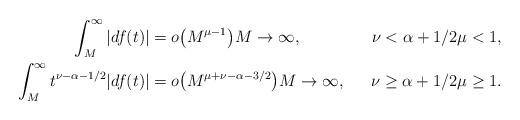
LaTeX: \begin{align*}\int_M^\infty |df(t)| &= o\big( M^{\mu-1}\big) M\to \infty, & \nu<\alpha+1/2 \mu< 1, \\\int_M^\infty t^{\nu-\alpha-1/2}|df(t)| &=o\big(M^{\mu+\nu-\alpha-3/2}\big) M\to \infty, &\nu\geq \alpha+1/2 \mu\geq 1.\end{align*}